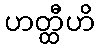
ဟတ္ထီဟိ